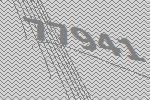
77941